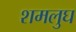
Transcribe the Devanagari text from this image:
शमलुघ